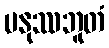
မနုဿဘူတံ